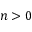
n > 0